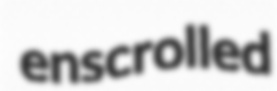
enscrolled